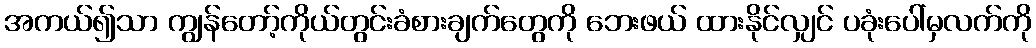
အကယ်၍သာ ကျွန်တော့်ကိုယ်တွင်းခံစားချက်တွေကို ဘေးဖယ် ထားနိုင်လျှင် ပခုံးပေါ်မှလက်ကို